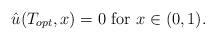
LaTeX: \begin{align*}\hat u (T_{opt}, x) = 0 \mbox{ for } x \in (0, 1).\end{align*}